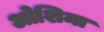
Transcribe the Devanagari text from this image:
ओशिमा